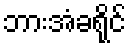
ဘားအံခရိုင်